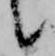
候